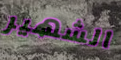
الشهير